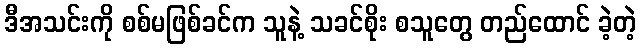
ဒီအသင်းကို စစ်မဖြစ်ခင်က သူနဲ့ သခင်စိုး စသူတွေ တည်ထောင် ခဲ့တဲ့